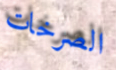
الصرخات